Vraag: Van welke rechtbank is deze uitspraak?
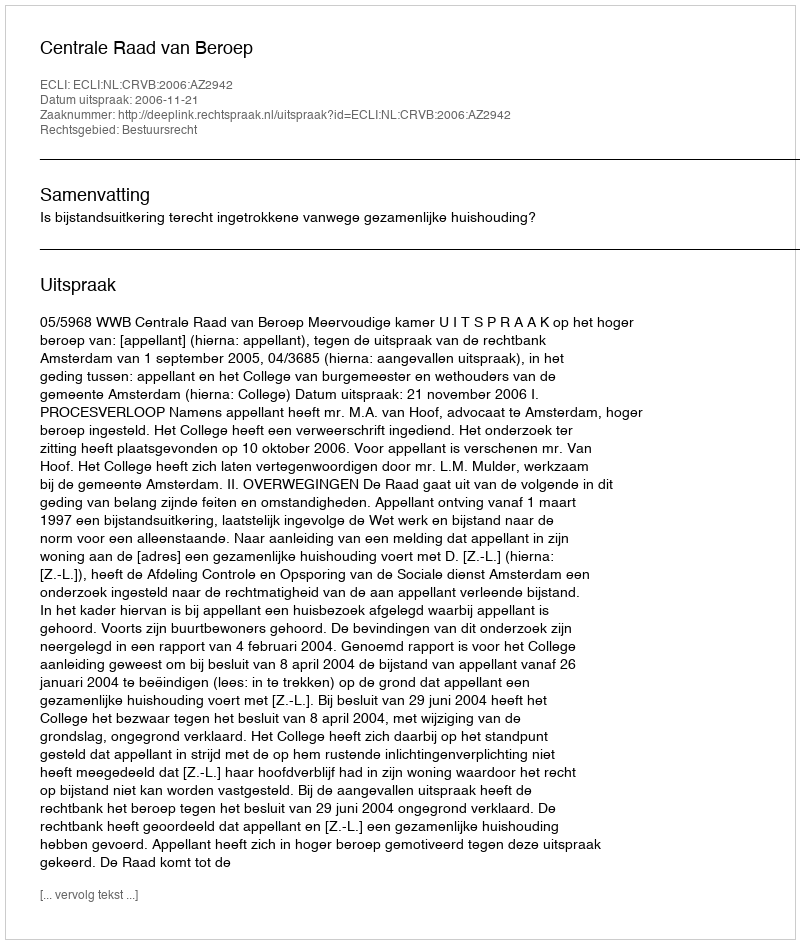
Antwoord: Centrale Raad van Beroep